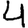
Digit: 4